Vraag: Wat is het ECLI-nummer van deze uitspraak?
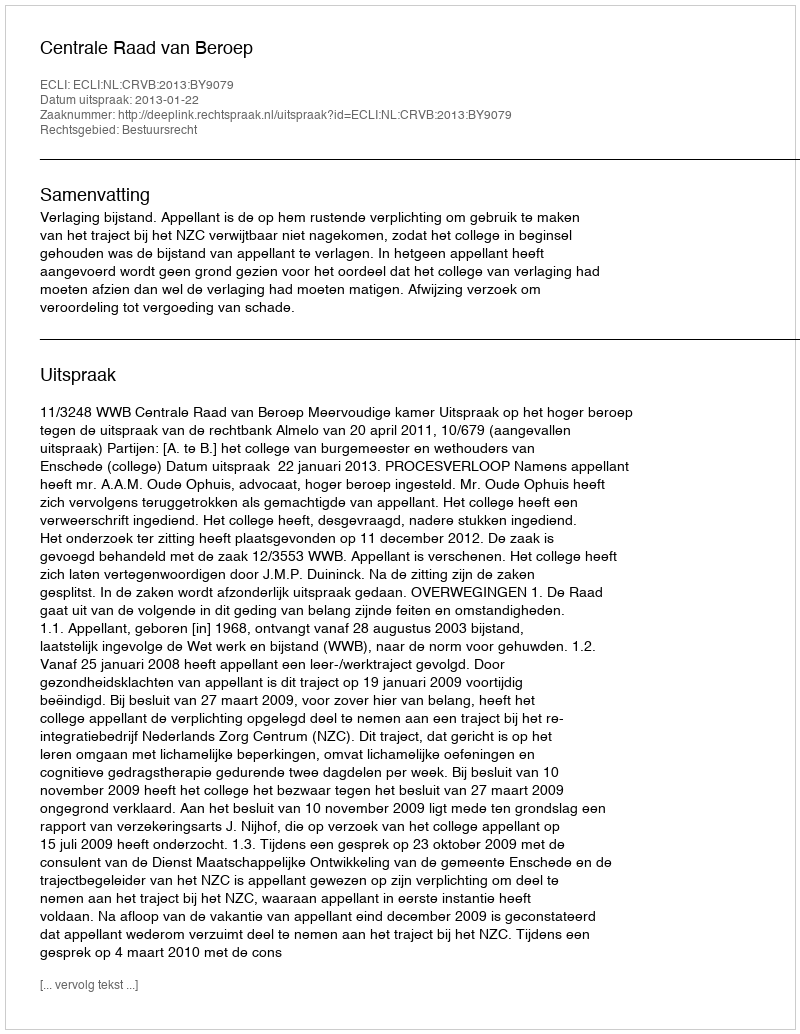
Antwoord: ECLI:NL:CRVB:2013:BY9079